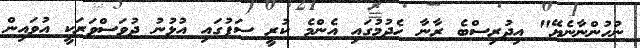
ނުހުންނާނެޔޭ" އިދުރިސްބެ ރާނާ ހެދުމުގައި އެންމެ ކުރީ ސަފުގައި އުޅުނު ދުވަސްވަރަކީ އުވައިން